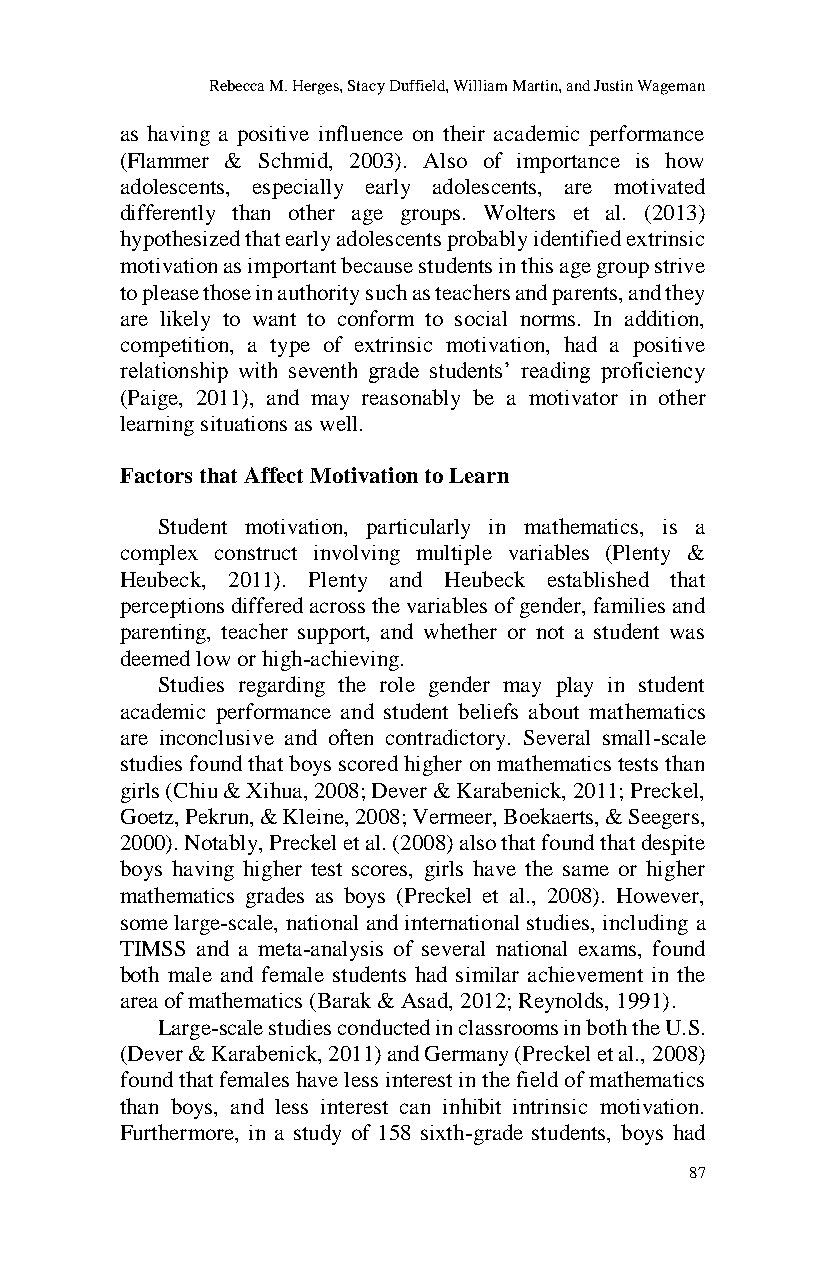
Rebecca M. Herges, Stacy Duffield, William Martin, and Justin Wageman
 as having a positive influence on their academic performance
 (Flammer & Schmid, 2003). Also of importance is how
 adolescents, especially early adolescents, are motivated
 differently than other age groups. Wolters et al. (2013)
 hypothesized that early adolescents probably identified extrinsic
 motivation as important because students in this age group strive
 to please those in authority such as teachers and parents, and they
 are likely to want to conform to social norms. In addition,
 competition, a type of extrinsic motivation, had a positive
 relationship with seventh grade students’ reading proficiency
 (Paige, 2011), and may reasonably be a motivator in other
 learning situations as well.
 Factors that Affect Motivation to Learn
 Student motivation, particularly in mathematics, is a
 complex construct involving multiple variables (Plenty &
 Heubeck, 2011). Plenty and Heubeck established that
 perceptions differed across the variables of gender, families and
 parenting, teacher support, and whether or not a student was
 deemed low or high-achieving.
 Studies regarding the role gender may play in student
 academic performance and student beliefs about mathematics
 are inconclusive and often contradictory. Several small-scale
 studies found that boys scored higher on mathematics tests than
 girls (Chiu & Xihua, 2008; Dever & Karabenick, 2011; Preckel,
 Goetz, Pekrun, & Kleine, 2008; Vermeer, Boekaerts, & Seegers,
 2000). Notably, Preckel et al. (2008) also that found that despite
 boys having higher test scores, girls have the same or higher
 mathematics grades as boys (Preckel et al., 2008). However,
 some large-scale, national and international studies, including a
 TIMSS and a meta-analysis of several national exams, found
 both male and female students had similar achievement in the
 area of mathematics (Barak & Asad, 2012; Reynolds, 1991).
 Large-scale studies conducted in classrooms in both the U.S.
 (Dever & Karabenick, 2011) and Germany (Preckel et al., 2008)
 found that females have less interest in the field of mathematics
 than boys, and less interest can inhibit intrinsic motivation.
 Furthermore, in a study of 158 sixth-grade students, boys had
 87